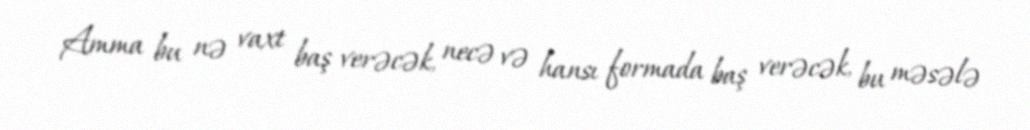
Amma bu nə vaxt baş verəcək, necə və hansı formada baş verəcək, bu məsələ